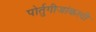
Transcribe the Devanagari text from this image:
पोर्तुगीजांकरवी